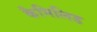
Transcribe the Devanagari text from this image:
कैमिलिड